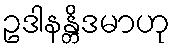
ဥဒါနန္တိဒမာဟု